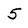
Character: 5